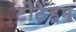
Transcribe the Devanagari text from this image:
टौटेंहम